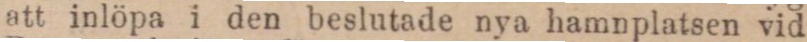
att inlöpa i den beslutade nya hamnplatsen vid